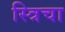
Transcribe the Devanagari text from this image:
स्त्रिचा